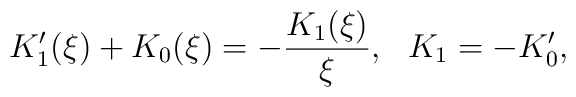
K_1'(\xi)+K_0(\xi)=-\frac{K_1(\xi)}{\xi}, \ \  K_1=-K_0',